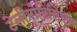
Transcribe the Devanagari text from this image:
टेलीनोटिसिएस